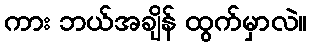
ကား ဘယ်အချိန် ထွက်မှာလဲ။